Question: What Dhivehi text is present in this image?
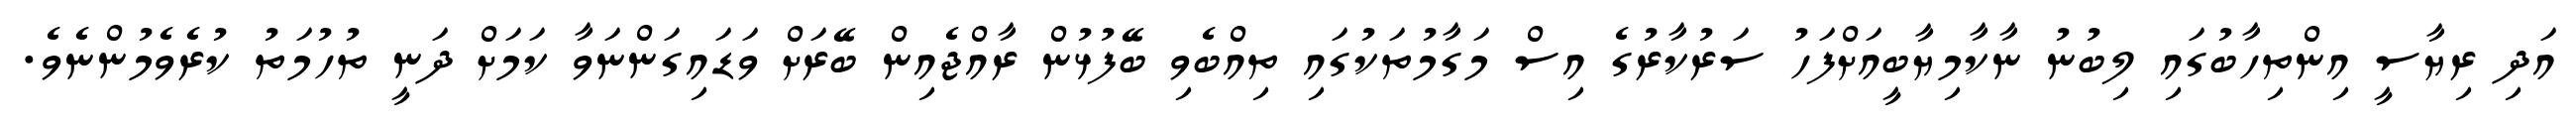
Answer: އަދި ރިޔާސީ އިންތިހާބުގައި ލިބުނު ނާކާމިޔާބީއަށްފަހު ސަރުކާރުގެ އިސް މަގާމުތަކުގައި ތިއްބެވި ބޭފުޅުން ރާއްޖެއިން ބޭރަށް ވަޑައިގަންނަވާ ކަމަށް ދަނީ ތުހުމަތު ކުރެވެމުންނެވެ.